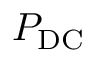
P _ { \mathrm { D C } }